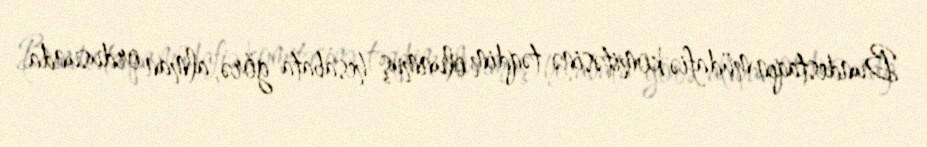
Bundestaqın müdafiə komitəsinə təqdim olunmuş hesabata görə, alman ordusunda